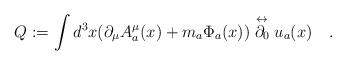
LaTeX: \begin{align*}Q:=\int d^3x(\partial_\mu A^\mu_a (x)+m_a\Phi_a(x)) \stackrel{\leftrightarrow}{\partial_0} u_a(x) \quad . \end{align*}